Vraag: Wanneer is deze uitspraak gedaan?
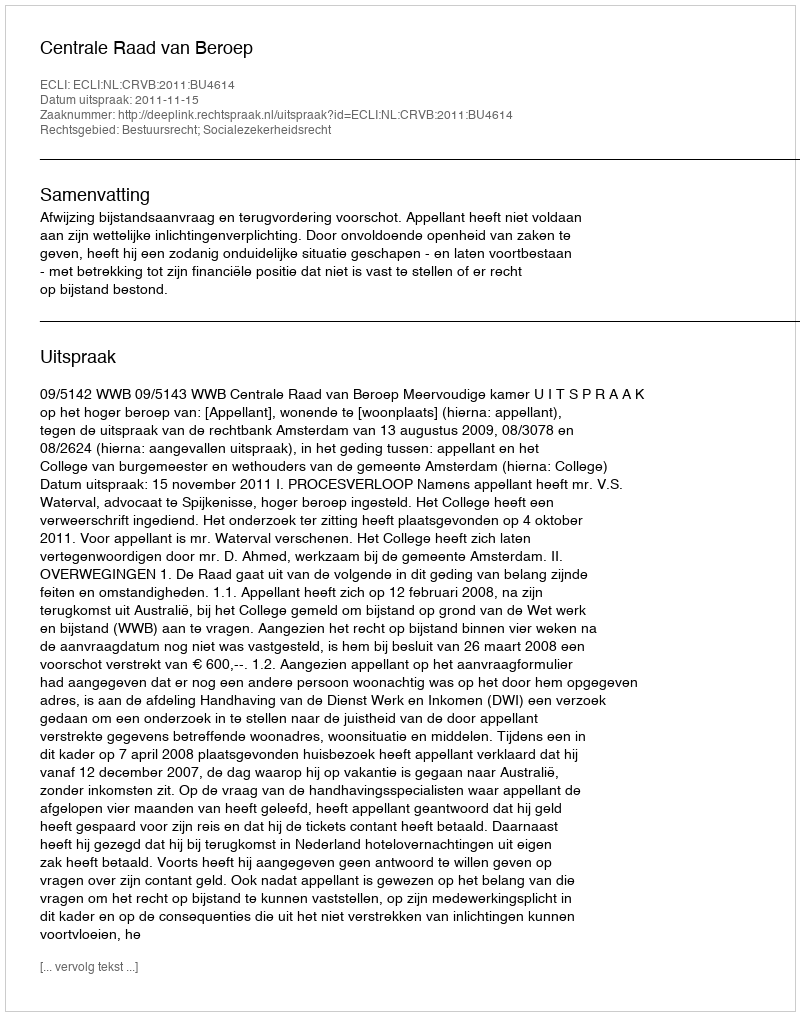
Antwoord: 2011-11-15